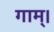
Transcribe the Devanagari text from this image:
गाम्।